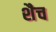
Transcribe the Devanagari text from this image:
शैच